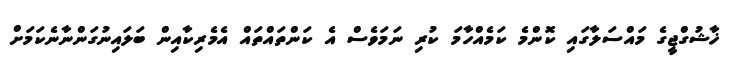
ޚާޝުގްޖީގެ މައްސަލާގައި ކޮންމެ ކަމެއްހާމަ ކުރި ނަމަވެސް އެ ކަންތައްތައް އެމެރިކާއިން ބަލައިނުގަންނާނެކަމަށް